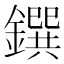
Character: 鐉